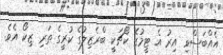
އެއްބަސްވި އިރު އެ ޓީމުގެ ކޯޗަކީ ބްރެޒިލުގެ ކުރީގެ ތަރި ޒިކޯ އެވެ.